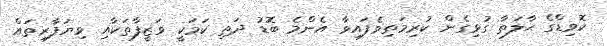
ކޮވިޑްގެ ޙާލަތާ ގުޅިގެން ކުރިމަތިވެފައިވާ އެންމެ ބޮޑު ދަތި ކަމަކީ ވަޒީފާތަކާއި ވިޔަފާރިތައް